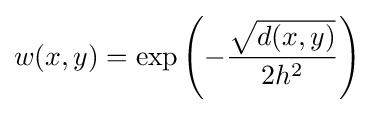
w(x,y)=\exp \left(-{\frac {\sqrt {d(x,y)}}{2h^{2}}}\right)